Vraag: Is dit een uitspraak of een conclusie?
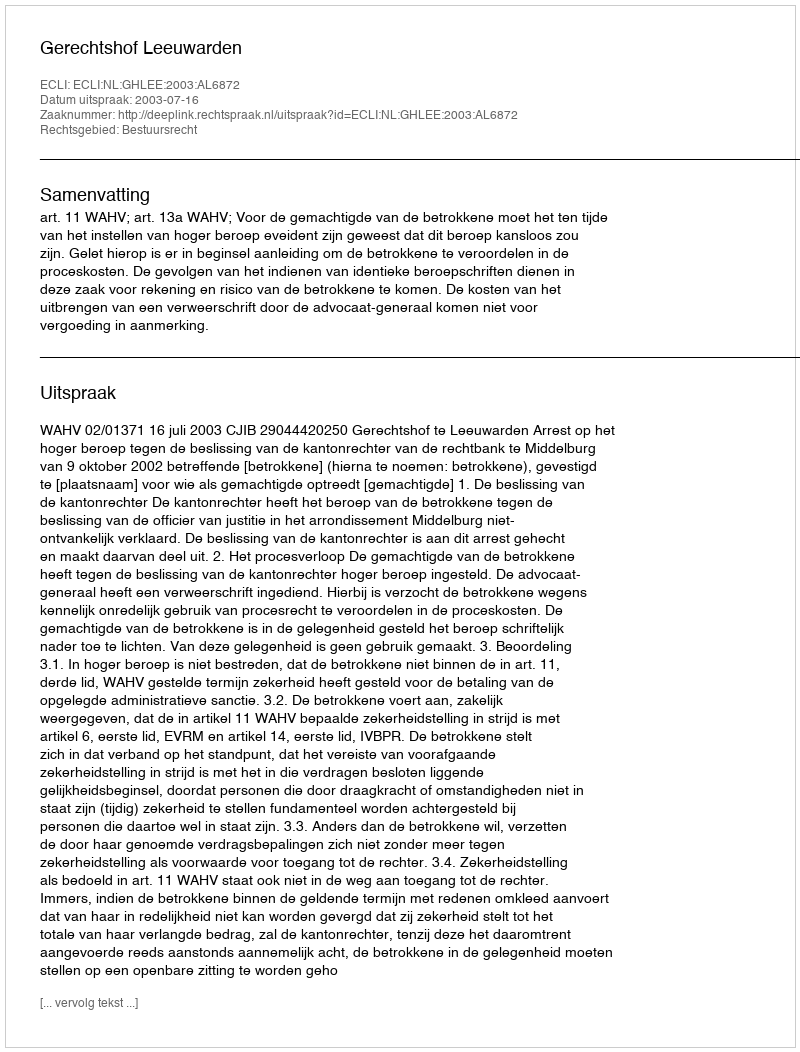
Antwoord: Uitspraak